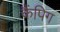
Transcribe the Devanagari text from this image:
कैंपिग